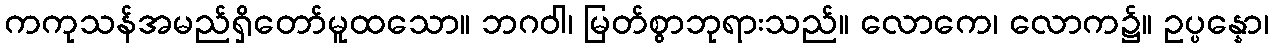
ကကုသန်အမည်ရှိတော်မူထသော။ ဘဂဝါ၊ မြတ်စွာဘုရားသည်။ လောကေ၊ လောက၌။ ဥပ္ပန္နော၊